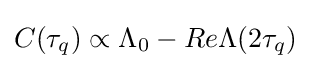
C(\tau _{q})\propto \Lambda _{0}-Re{\Lambda (2\tau _{q})}